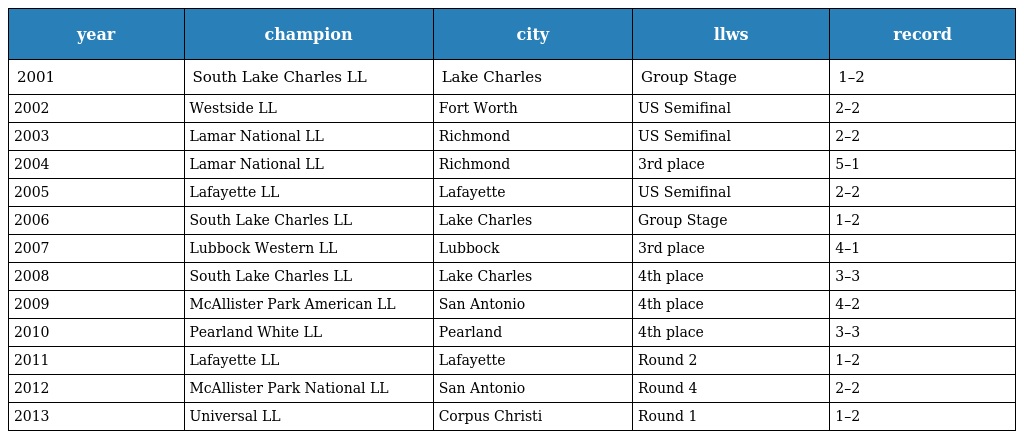
| year | champion | city | llws | record |
 | --- | --- | --- | --- | --- |
 | 2001 | South Lake Charles LL | Lake Charles | Group Stage | 1–2 |
 | 2002 | Westside LL | Fort Worth | US Semifinal | 2–2 |
 | 2003 | Lamar National LL | Richmond | US Semifinal | 2–2 |
 | 2004 | Lamar National LL | Richmond | 3rd place | 5–1 |
 | 2005 | Lafayette LL | Lafayette | US Semifinal | 2–2 |
 | 2006 | South Lake Charles LL | Lake Charles | Group Stage | 1–2 |
 | 2007 | Lubbock Western LL | Lubbock | 3rd place | 4–1 |
 | 2008 | South Lake Charles LL | Lake Charles | 4th place | 3–3 |
 | 2009 | McAllister Park American LL | San Antonio | 4th place | 4–2 |
 | 2010 | Pearland White LL | Pearland | 4th place | 3–3 |
 | 2011 | Lafayette LL | Lafayette | Round 2 | 1–2 |
 | 2012 | McAllister Park National LL | San Antonio | Round 4 | 2–2 |
 | 2013 | Universal LL | Corpus Christi | Round 1 | 1–2 |